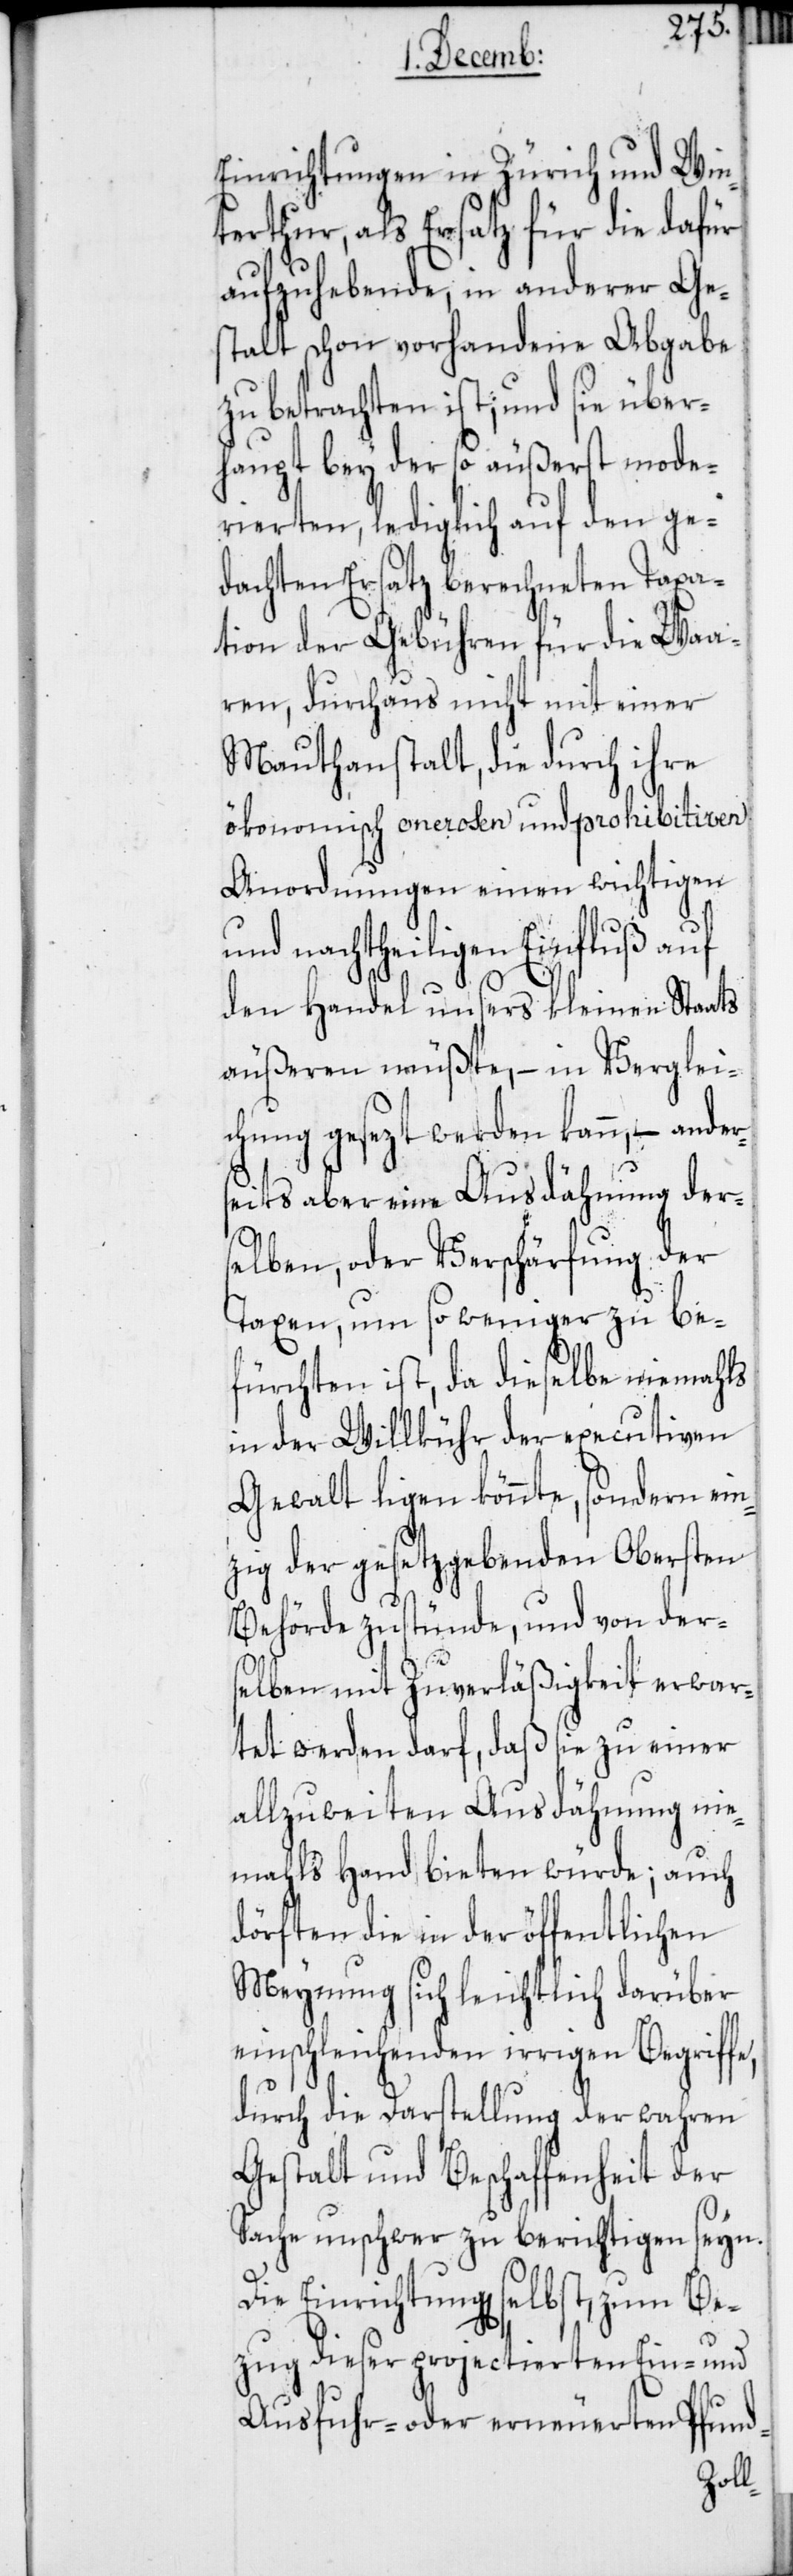
Einrichtungen in Zürich und Win¬
terthur, als Ersatz für die dafür
aufzuhebende, in anderer Ge¬
stalt schon vorhandene Abgabe
zu betrachten ist; und sie über¬
haupt bey der so äußerst mode¬
rierten, lediglich auf den ge¬
dachten Ersatz berechneten Taxa¬
tion der Gebühren für die Waa¬
ren, durchaus nicht mit einer
Mauthanstalt, die durch ihre
ökonomisch onerosen und prohibitiven
Anordnungen einen wichtigen
und nachtheiligen Einfluß auf
den Handel unsers kleinen Staats
äußeren müßte, – in Verglei¬
chung gesezt werden kann, – ander¬
seits aber eine Ausdähung der¬
selben, oder Verschärfung der
Taxen, um so weniger zu be¬
fürchten ist, da dieselbe niemahls
in der Willkühr der executiven
Gewalt ligen könnte, sondern ein¬
zig der gesetzgebenden Obersten
Behörde zustünde, und von der¬
selben mit Zuverläßigkeit erwar¬
tet werden darf, daß sie zu einer
allzuweiten Ausdähnung nie¬
mahls Hand bieten würde; auch
dörften die in der öffentlichen
Meynung sich leichtlich darüber
einschleichenden irrigen Begriffe,
durch die Darstellung der wahren
Gestalt und Beschaffenheit der
Sache unschwer zu berichtigen seyn.
Die Einrichtung[en] selbst, zum Be¬
zug dieser projectierten Ein- und
Ausfuhr- oder erneuerten Pfund-